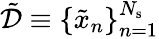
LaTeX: \tilde{\mathcal{D}}\equiv\{ \tilde{x}_{n}\} _{n=1}^{N_{\mathrm{s}}}